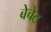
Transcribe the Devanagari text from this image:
बेचेट